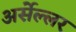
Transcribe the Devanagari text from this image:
अर्सेल्लर